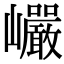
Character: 巗